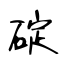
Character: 碇